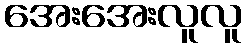
အေးအေးလူလူ